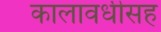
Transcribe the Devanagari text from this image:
कालावधीसह